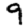
Digit: 9